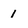
Character: 1